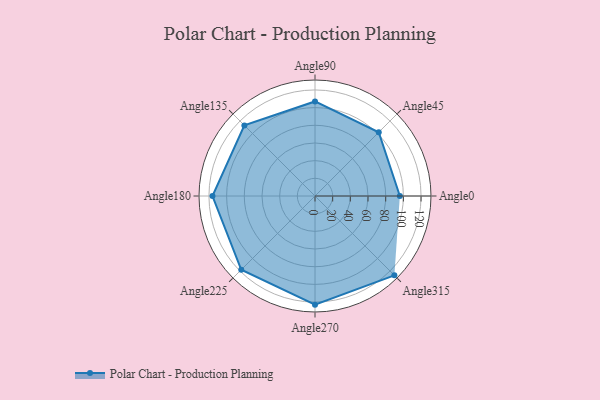
{"axis": {"x": "Angle", "y": "Radius"}, "legend": [""], "data": [{"x": "Angle0", "y": 96.0, "type": ""}, {"x": "Angle45", "y": 102.0, "type": ""}, {"x": "Angle90", "y": 107.0, "type": ""}, {"x": "Angle135", "y": 113.0, "type": ""}, {"x": "Angle180", "y": 116.0, "type": ""}, {"x": "Angle225", "y": 118.0, "type": ""}, {"x": "Angle270", "y": 123.0, "type": ""}, {"x": "Angle315", "y": 127.0, "type": ""}]}